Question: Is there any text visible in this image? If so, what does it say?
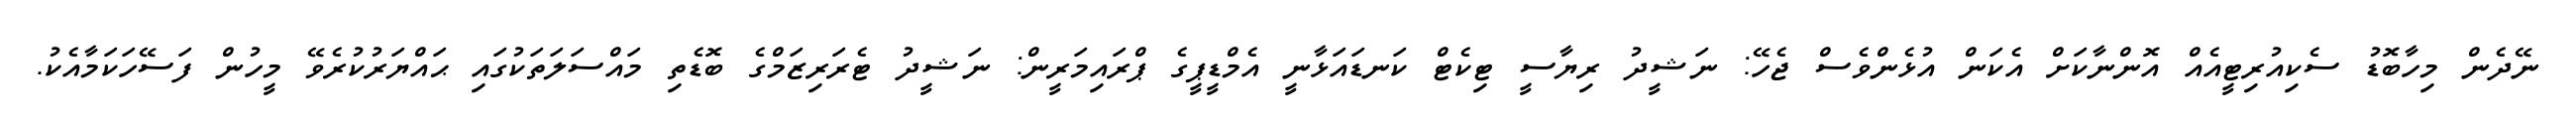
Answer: ނޭދެން މިހާބޮޑު ސެކިއުރިޓީއެއް އޮންނާކަށް އެކަން އުޅެންވެސް ޖެހޭ: ނަޝީދު ރިޔާސީ ޓިކެޓް ކަނޑައަޅާނީ އެމްޑީޕީގެ ޕްރައިމަރީން: ނަޝީދު ޓެރަރިޒަމްގެ ބޮޑެތި މައްސަލަތަކުގައި ޙައްޔަރުކުރެވޭ މީހުން ފަސޭހަކަމާއެކު.